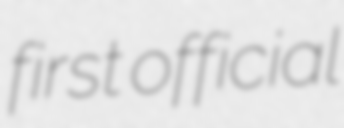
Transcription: first official